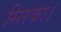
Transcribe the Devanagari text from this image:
सिरका।